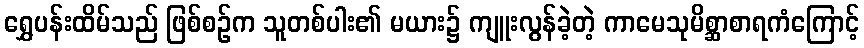
ရွှေပန်းထိမ်သည် ဖြစ်စဉ်က သူတစ်ပါး၏ မယား၌ ကျူးလွန်ခဲ့တဲ့ ကာမေသုမိစ္ဆာစာရကံကြောင့်